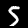
Digit: 5